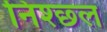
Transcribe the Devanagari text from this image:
निश्छ्ल